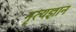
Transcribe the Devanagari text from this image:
नृत्यज्ञान